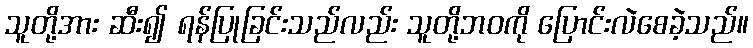
သူတို့အား ဆီး၍ ရန်ပြုခြင်းသည်လည်း သူတို့ဘဝကို ပြောင်းလဲစေခဲ့သည်။